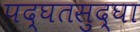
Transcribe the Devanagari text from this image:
पद्घतसुद्घा